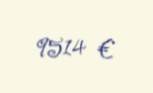
9514 €